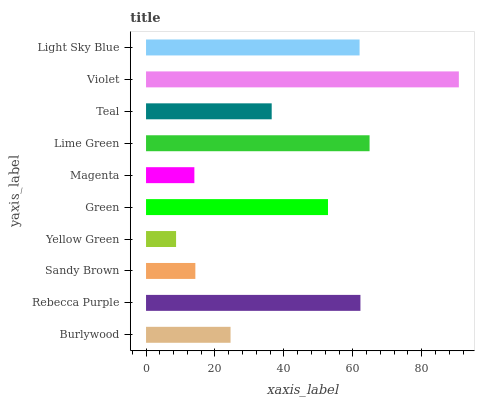
| yaxis_label | bars |
 | --- | --- |
 | Burlywood | 24.5 |
 | Rebecca Purple | 62.2 |
 | Sandy Brown | 14.3 |
 | Yellow Green | 8.72 |
 | Green | 52.8 |
 | Magenta | 14 |
 | Lime Green | 64.9 |
 | Teal | 36.5 |
 | Violet | 90.8 |
 | Light Sky Blue | 62 |